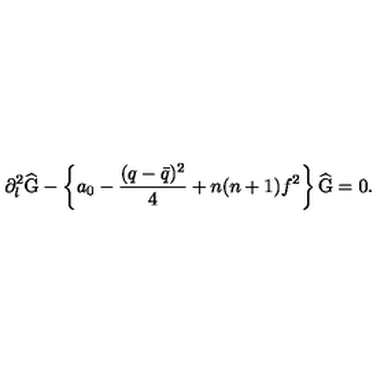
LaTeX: \partial _ { l } ^ { 2 } \widehat { \mathrm { G } } - \left\{ a _ { 0 } - \frac { ( q - \bar { q } ) ^ { 2 } } { 4 } + n ( n + 1 ) f ^ { 2 } \right\} \widehat { \mathrm { G } } = 0 .